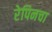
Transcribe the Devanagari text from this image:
रेपिनचा